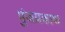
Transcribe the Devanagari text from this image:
पुंजप्रकाश